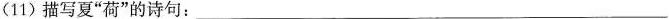
(11) 描写夏”荷”的诗句：___